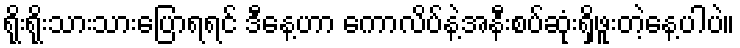
ရိုးရိုးသားသားပြောရရင် ဒီနေ့ဟာ ကောလိပ်နဲ့အနီးစပ်ဆုံးရှိဖူးတဲ့နေ့ပါပဲ။